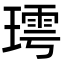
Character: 㻬